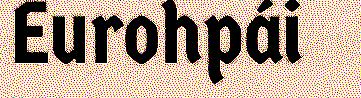
Eurohpái